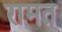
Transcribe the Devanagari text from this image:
रामत